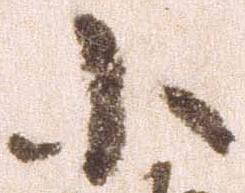
小